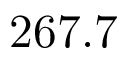
2 6 7 . 7